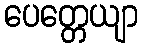
ပေတ္တေယျာ